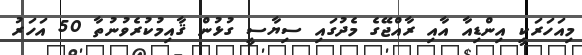
މިއަހަރަކީ އިންޑިއާ އާއި ރާއްޖޭގެ މެދުގައި ސިޔާސީ ގުޅުން ޤާއިމުކުރެވުނުތާ 50 އަހަރު